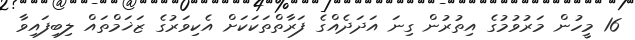
16 މީހުން މަރުވުމުގެ އިތުރުން ގިނަ އަދަދެއްގެ ފަރާތްތަކަކަށް އެކިވަރުގެ ޒަޚަމްތައް ލިބިފައިވާ